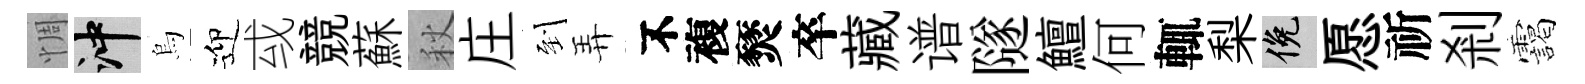
惆冲烏迎㦯競蘇秋庄到弄不複燹卒藏谱隧鱣何輒梨俯愿祈剎靄